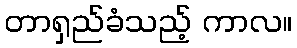
တာရှည်ခံသည့် ကာလ။